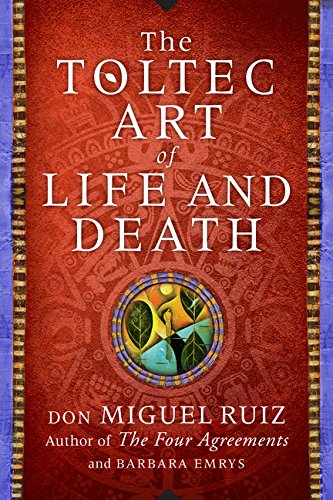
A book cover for The Toltec Art of Life and Death: A Story of Discovery; Don Miguel Ruiz; Self-Help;